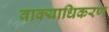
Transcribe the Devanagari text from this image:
वाक्याधिकरण